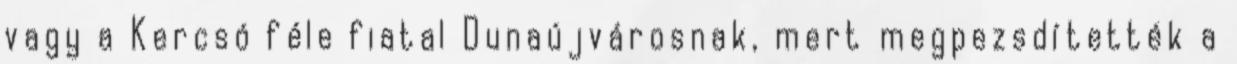
vagy a Kercsó féle fiatal Dunaújvárosnak, mert megpezsdítették a